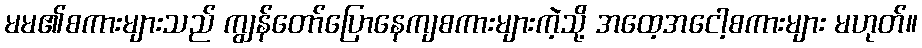
မမ၏စကားများသည် ကျွန်တော်ပြောနေကျစကားများကဲ့သို့ အထေ့အငေါ့စကားများ မဟုတ်။